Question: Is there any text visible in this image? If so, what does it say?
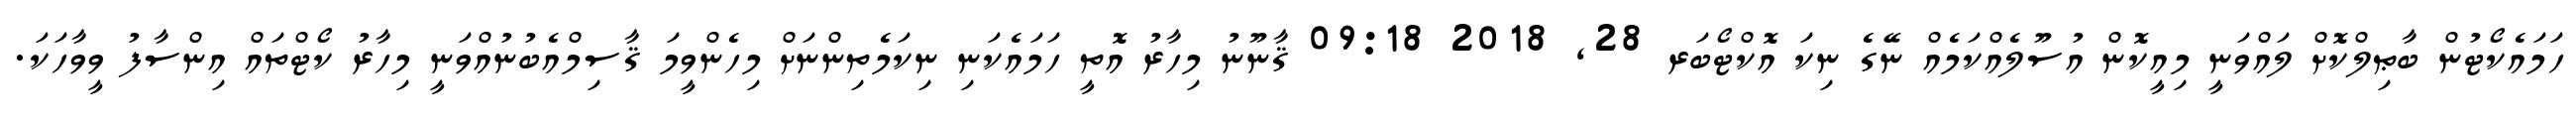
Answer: ހަމައެކޯޓުން ބާޠިލްކޮށް ލައްވަނީ މިއީކޮން އުސޫލެއްކަމެއް ނޭގެ ނިކަ އޮކްޓޯބަރ 28, 2018 09:18 ޤާނޫނު މިހާރު އޮތީ ހަމައެކަނި ނިކަމެތިންނަށް މިހެންވީމަ ޤާސިމްއެބުނުއްވަނީ މިހާރު ކޯޓްތައް އިންސާފު ވީވާހަކަ.